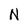
Character: N